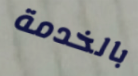
بالخدمة